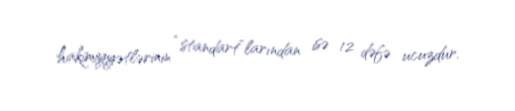
hakimiyyətlərinin “standart”larından isə 12 dəfə ucuzdur.